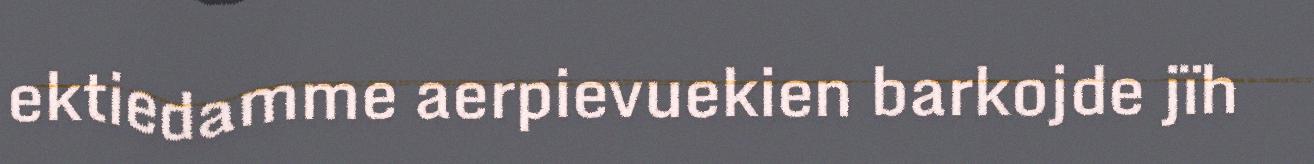
ektiedamme aerpievuekien barkojde jïh